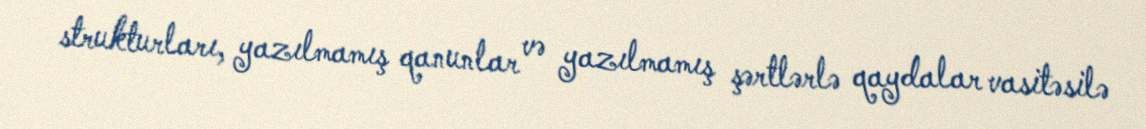
strukturları, yazılmamış qanunlar və yazılmamış şərtlərlə qaydalar vasitəsilə